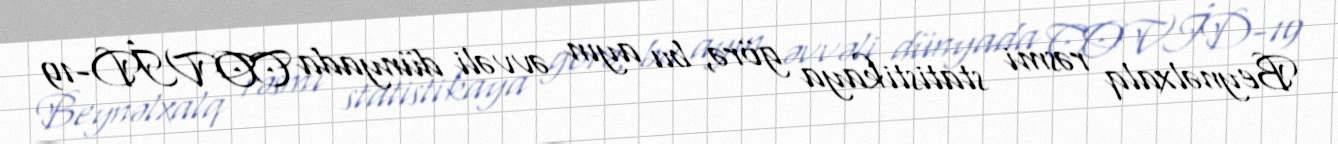
Beynəlxalq rəsmi statistikaya görə, bu ayın əvvəli dünyada COVİD-19